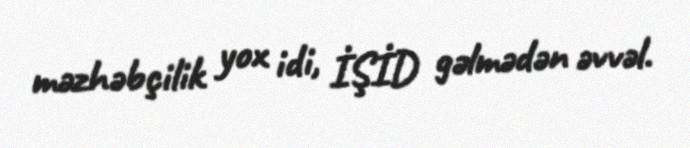
məzhəbçilik yox idi, İŞİD gəlmədən əvvəl.